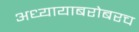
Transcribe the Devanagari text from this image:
अध्यायाबरोबरच